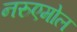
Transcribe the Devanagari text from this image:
नरुएमोल